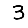
Digit: 3